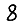
Digit: 8